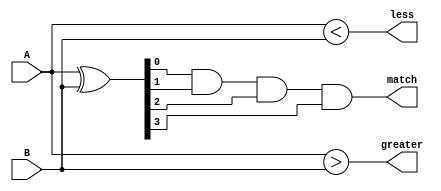
module comparator(
    input [3:0] A,
    input [3:0] B,
    output match,
    output greater,
    output less
);

// XOR gates to check for equality of corresponding bits
wire [3:0] equal_bits;
assign equal_bits = A ^ B;

// AND gates to ensure all bits are equal
wire all_equal;
assign all_equal = equal_bits[0] & equal_bits[1] & equal_bits[2] & equal_bits[3];

// Additional logic for greater and less than conditions
wire greater_than;
wire less_than;
assign greater_than = (A > B);
assign less_than = (A < B);

// Multiplexer to select correct output based on comparison results
assign match = all_equal;
assign greater = greater_than;
assign less = less_than;

endmodule